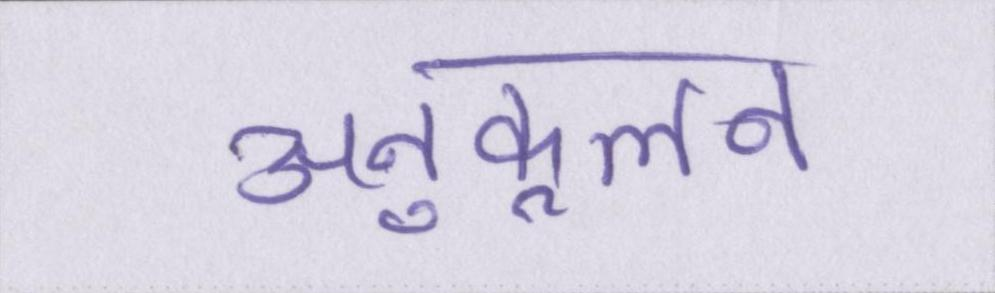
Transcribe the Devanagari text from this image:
अनुकूलन